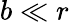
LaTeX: b\ll r